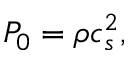
P _ { 0 } = \rho c _ { s } ^ { 2 } ,